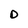
Character: D